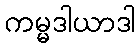
ကမ္မဒါယာဒါ